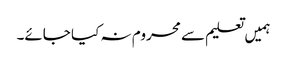
ہمیں تعلیم سے محروم نہ کیا جائے۔